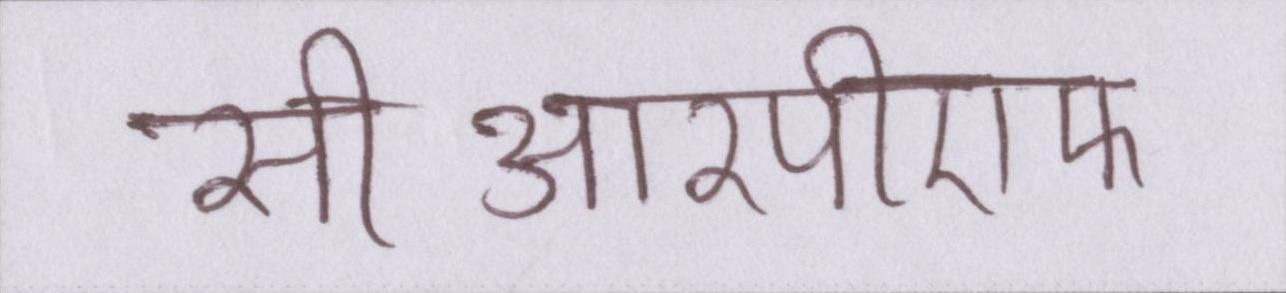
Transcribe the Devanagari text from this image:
सीआरपीएफ